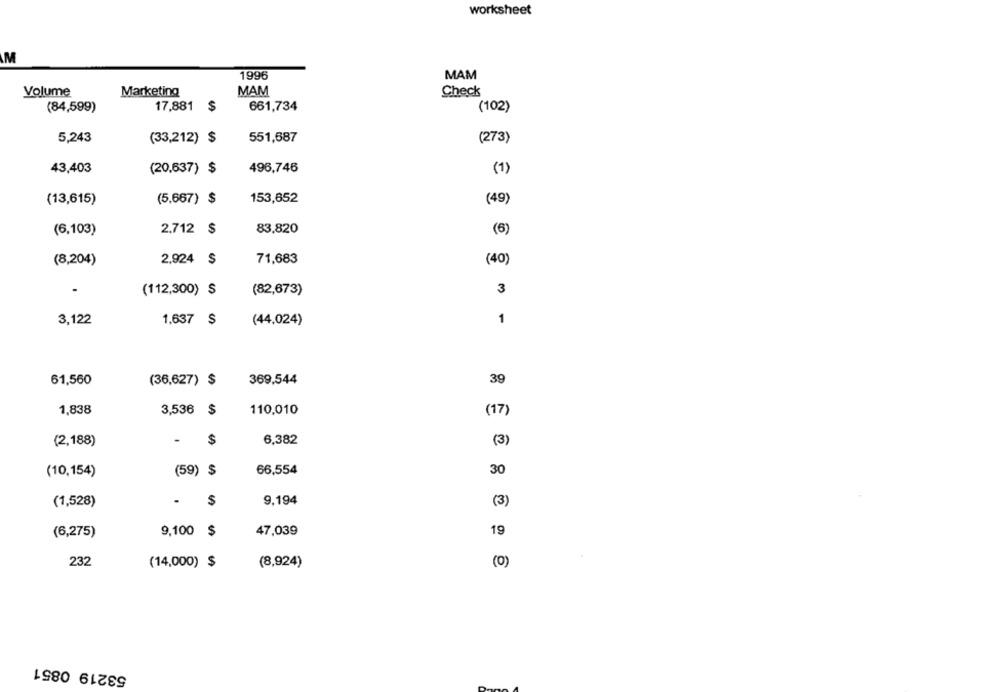
worksheet
M
1996
MAM
MAM
Volume
Marketing
Check
(84,599)
17,881 $
661,734
(102)
5,243
551,687
(273)
(33,212) $
43,403
(20,637) $
496,746
(1)
(13,615)
(5.667) $
153,652
(49)
83,820
(6,103)
2,712 $
(6)
(8,204)
2.924 $
71,683
(40)
(82,673)
3
(112,300) $
3,122
1.637 S
(44,024)
1
61,560
369,544
39
(36,627) $
1,838
3,536 $
110,010
(17)
(2,188)
-
$
6,382
(3)
(59) $
66,554
30
(10,154)
(1,528)
-
$
9,194
(3)
9,100 $
47,039
19
(6,275)
232
(14,000) $
(8,924)
(O
53219 0851